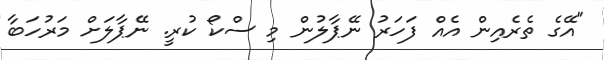
"އޭގެ ތެރެއިން އެއް ފަހަރު ނޭޕާލުން މި ސްކޯ ކުރީ. ނޭޕާލަށް މަރުހަބާ